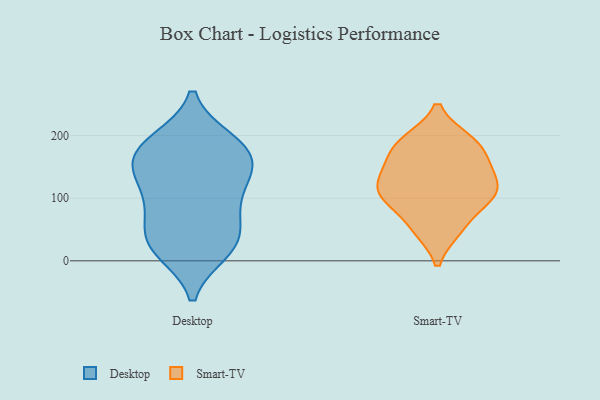
{"axis": {"x": "Market Share (%)", "y": "Value"}, "legend": ["Desktop", "Smart-TV"], "data": [{"x": "", "y": 193, "type": "Desktop"}, {"x": "", "y": 77, "type": "Desktop"}, {"x": "", "y": 187, "type": "Desktop"}, {"x": "", "y": 130, "type": "Desktop"}, {"x": "", "y": 99, "type": "Desktop"}, {"x": "", "y": 49, "type": "Desktop"}, {"x": "", "y": 23, "type": "Desktop"}, {"x": "", "y": 145, "type": "Desktop"}, {"x": "", "y": 147, "type": "Desktop"}, {"x": "", "y": 155, "type": "Desktop"}, {"x": "", "y": 193, "type": "Desktop"}, {"x": "", "y": 29, "type": "Desktop"}, {"x": "", "y": 14, "type": "Desktop"}, {"x": "", "y": 178, "type": "Desktop"}, {"x": "", "y": 59, "type": "Desktop"}, {"x": "", "y": 14, "type": "Desktop"}, {"x": "", "y": 157, "type": "Desktop"}, {"x": "", "y": 104, "type": "Desktop"}, {"x": "", "y": 192, "type": "Smart-TV"}, {"x": "", "y": 97, "type": "Smart-TV"}, {"x": "", "y": 150, "type": "Smart-TV"}, {"x": "", "y": 107, "type": "Smart-TV"}, {"x": "", "y": 190, "type": "Smart-TV"}, {"x": "", "y": 119, "type": "Smart-TV"}, {"x": "", "y": 106, "type": "Smart-TV"}, {"x": "", "y": 156, "type": "Smart-TV"}, {"x": "", "y": 104, "type": "Smart-TV"}, {"x": "", "y": 187, "type": "Smart-TV"}, {"x": "", "y": 50, "type": "Smart-TV"}, {"x": "", "y": 51, "type": "Smart-TV"}, {"x": "", "y": 143, "type": "Smart-TV"}]}